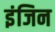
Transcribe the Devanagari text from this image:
इंजिन